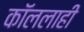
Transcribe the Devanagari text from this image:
कॉललाही